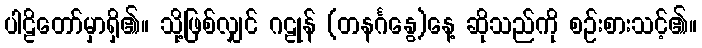
ပါဠိတော်မှာရှိ၏။ သို့ဖြစ်လျှင် ဂဠုန် (တနင်္ဂနွေ)နေ့ ဆိုသည်ကို စဉ်းစားသင့်၏။